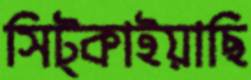
সিট্‌কাইয়াছি